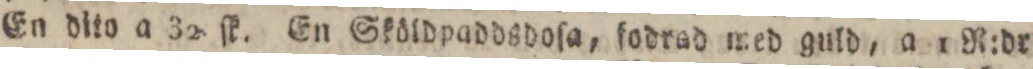
En dito a 32 ſk. En Sköldpaddsdoſa, ſodrad med guld, a 1 R:dr